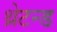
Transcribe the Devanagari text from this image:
थ्रेटन्ड